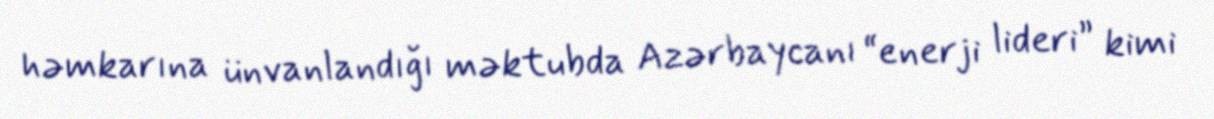
həmkarına ünvanlandığı məktubda Azərbaycanı “enerji lideri” kimi